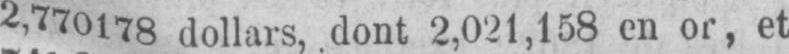
2,770178 dollars, dont 2,021,158 en or, et